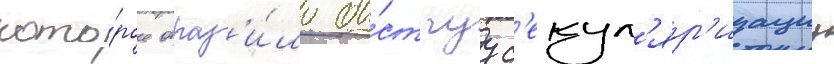
кото́рое отраз'и́ло бы́струу с'екул'яр'изациу